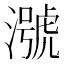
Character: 𪷢